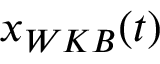
x _ { W K B } ( t )